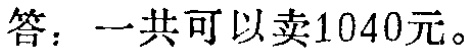
答：一共可以卖1040元。